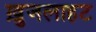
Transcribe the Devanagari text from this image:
ख़ुजलाहट